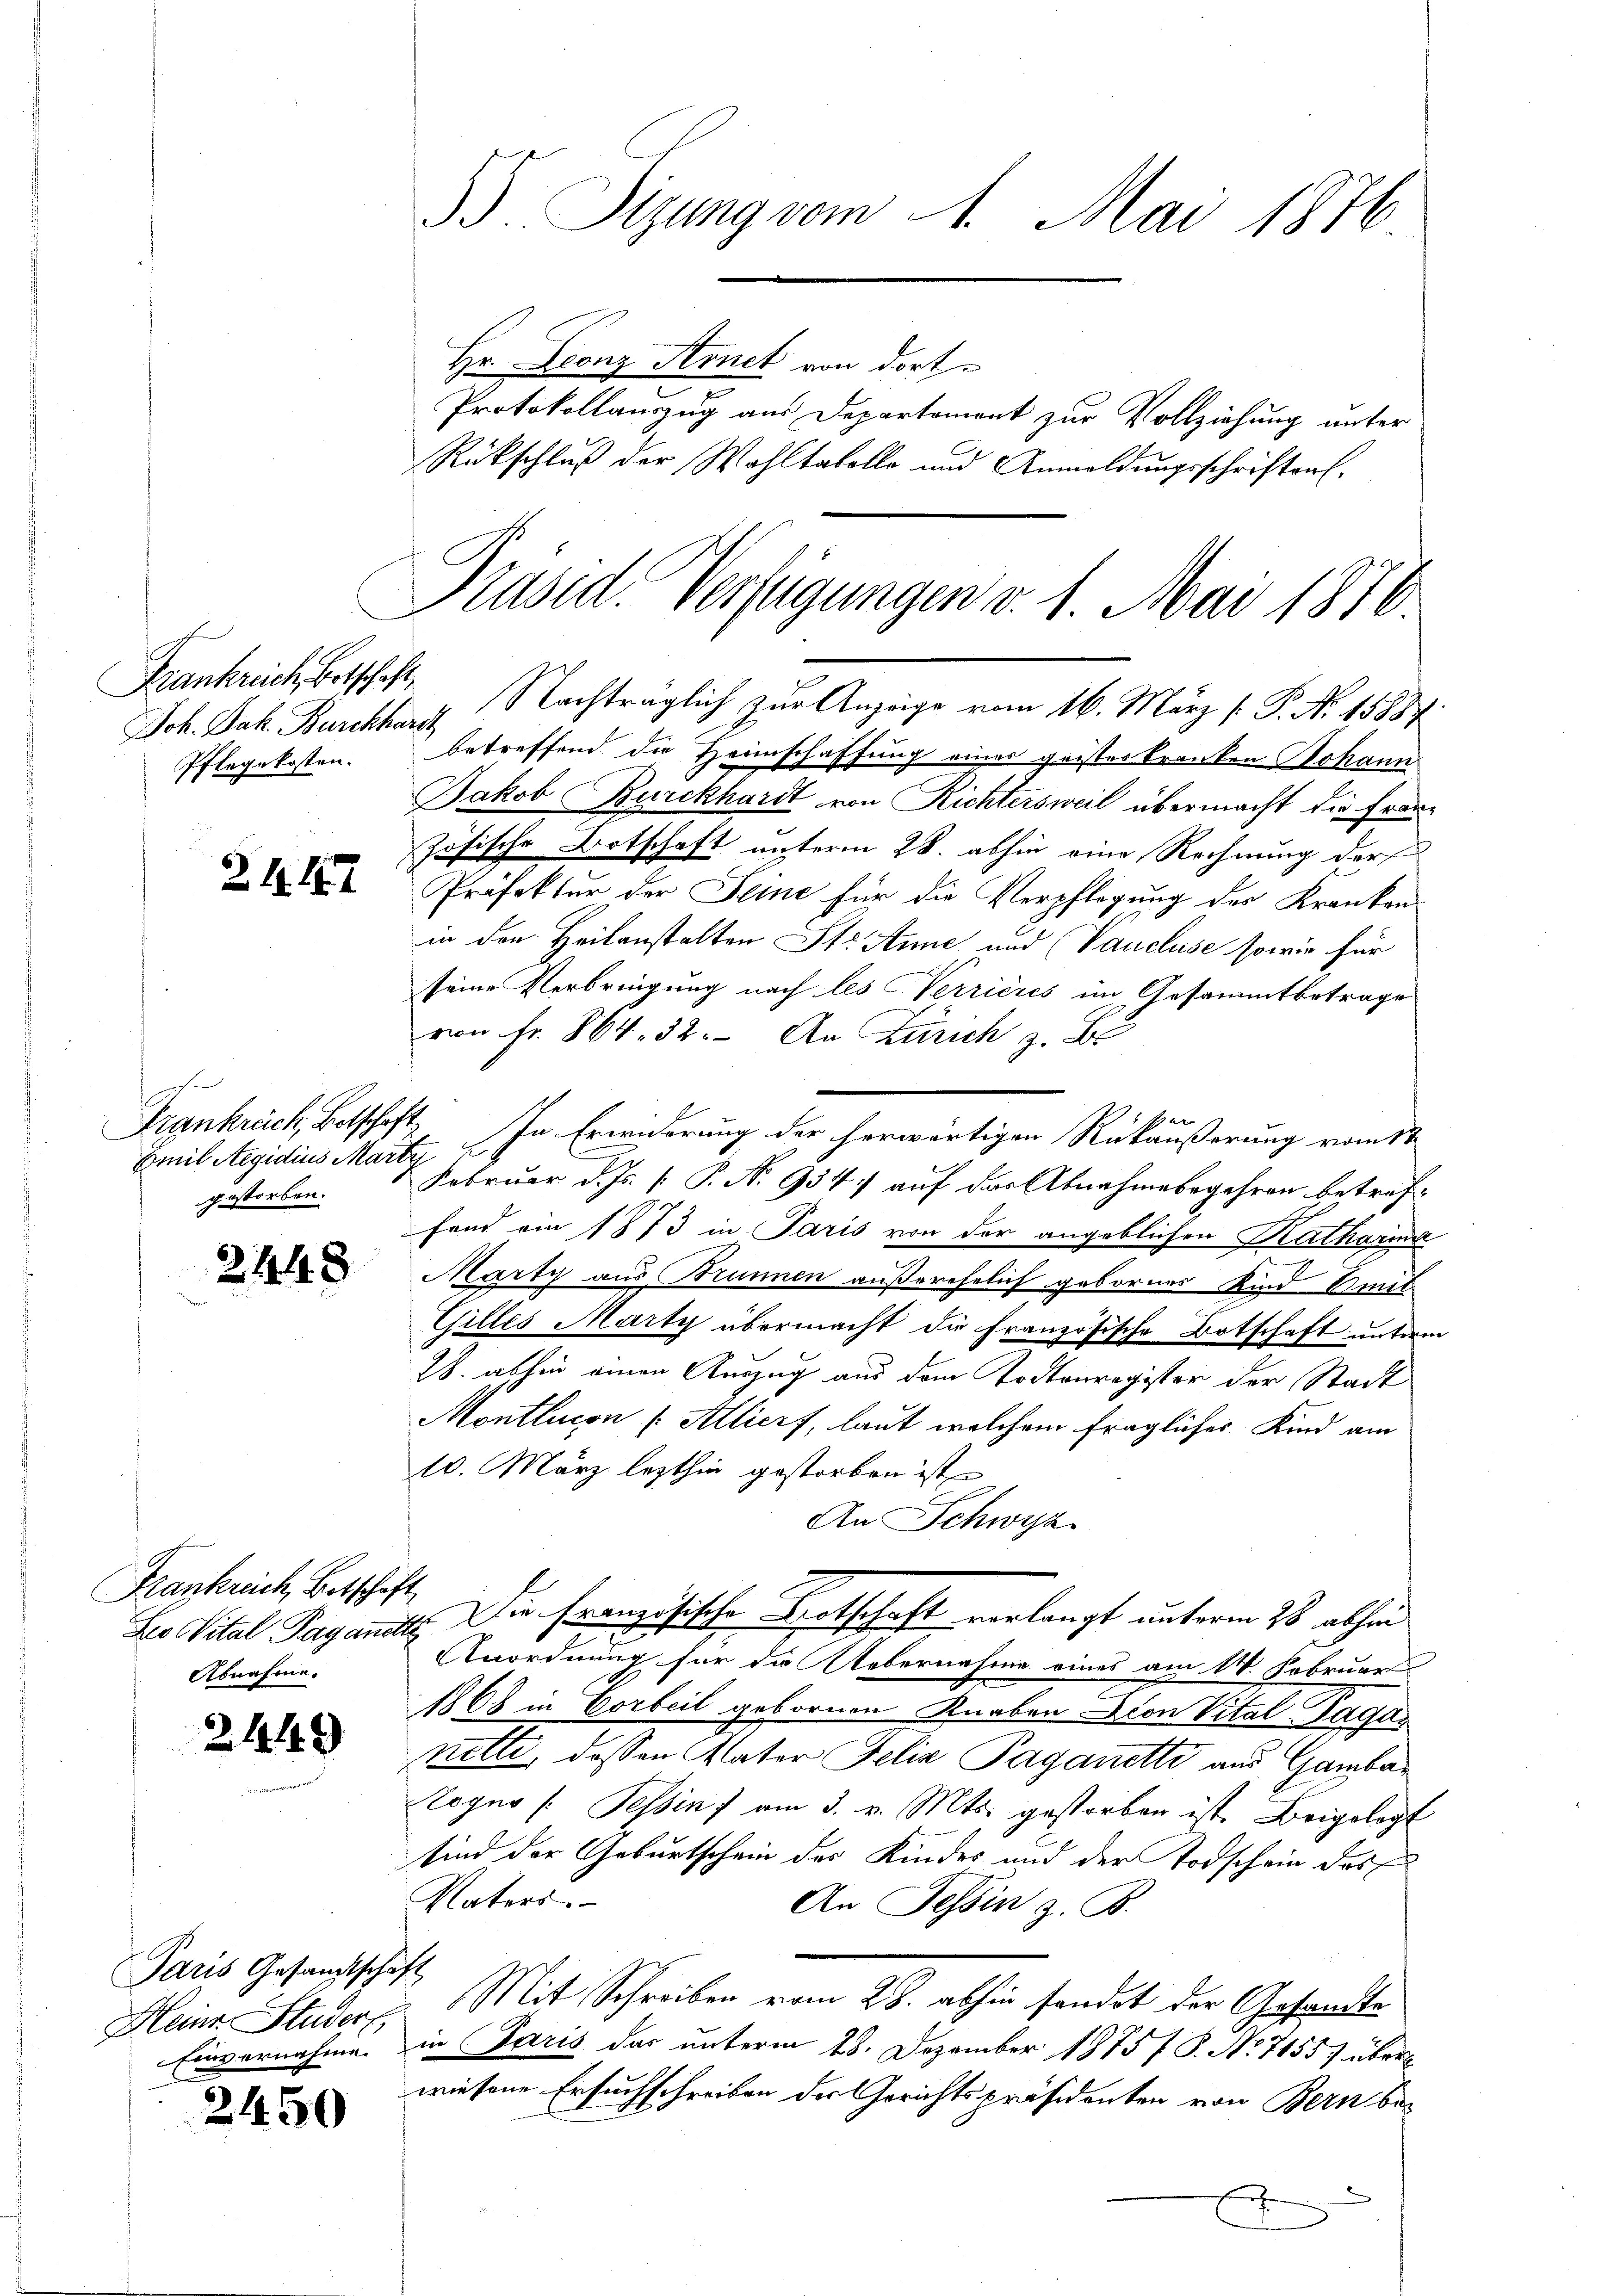
Frankreich, Botschaft
Joh. Jak. Burckhardt
Pflegekosten.

Z. 18. 187

ohe
Emil Aegidius Marty
gestorben.

2448

Frankrich, Betschaft
Abnahme.

2449

Paris Gesandtschaft
Heine Studer,
Einvernahme.

2450

3). Sizung vom 14. Mai 1876

Hr. Leonz Arnet von dort.
Protokollauszug aus Departement zur Vollziehung unter
Rückschluß der Wohltakolle und Anmeldungsschriften

Pasid. Verfügungen v. 1. Mai 1876.
Nachträglich zur Anzeige vom 16. März [ P. N. 15887

betreffend die Heimschaffung einer geisterkranken Johann
Jakob Burckhardt von Richtersweil übermacht die Französische Ortschaft unterm 28. abhin eine Rechnung der
Präfektur der Seine für die Verpflegung des Kranken
in den Heilanstalten St. Anne und (Vaucluse sowie für
seine Verbringung nach les Verrieres im Gesammtbetrage
von Fr. 864. 32. An Zürich z. B.
e
Frankreich, Botschaft. In Erwiderung der herwärtigen Rükäußerung vom 14
Februar d. Js. [ P. No 934 auf das Abnahmebegehren betreffend am 1873 in Paris von der angeblichen Katharma
Marty aus Brunnen außerehrlich gebornes Kind mit
Gilles Marty übermacht die französische Botschaft unterm
2. abhin einen Auszug aus dem Todtenregister der Stadt
Montlucon [Alliert, laut welchem fragliches Kind am
10. März lezthin gestorben ist,
An Schwyz.
Dio Vital Paganett. Die französische Botschaft verlangt unterm 28. abhin
Anordnung für die Uebernahme eines am 14. Februar
1868 in Vorbeil gebornen Knaben Don Vital-Taganette, dessen Vater Felix Paganetti aus Gambar
Rogno (Tessin, am 3. v. Mts. gestorben ist. Beigelegt
sind der Geburtschein des Kindes und der Todschein des
Vaters
An Tessin z. B.
Mit Schreiben vom 28. abhin handet der Gesandte
in Paris das unterm 28. Dezember 1875 f. P. No 71557 überwiesene Ersuchschreiben der Gerichtspräsidenten von Bern be¬
G